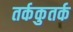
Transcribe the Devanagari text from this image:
तर्ककुतर्क